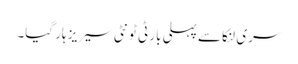
سری لنکا سے پہلی بار ٹی ٹونٹی سیریز ہار گیا۔